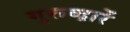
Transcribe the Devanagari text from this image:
गुरूव्‍द़ारें